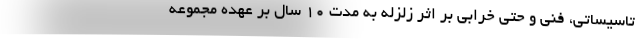
تاسيساتي، فني و حتي خرابي بر اثر زلزله به مدت ١٠ سال بر عهده مجموعه